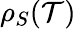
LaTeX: {\rho}_{S}(\mathcal{T})